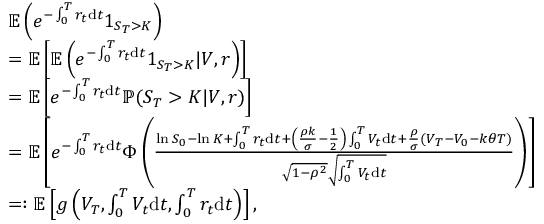
\begin{array} { r l } & { \mathbb { E } \left( e ^ { - \int _ { 0 } ^ { T } r _ { t } \mathrm { d } t } 1 _ { S _ { T } > K } \right) } \\ & { = \mathbb { E } \left[ \mathbb { E } \left( e ^ { - \int _ { 0 } ^ { T } r _ { t } \mathrm { d } t } 1 _ { S _ { T } > K } | V , r \right) \right] } \\ & { = \mathbb { E } \left[ e ^ { - \int _ { 0 } ^ { T } r _ { t } \mathrm { d } t } \mathbb { P } ( S _ { T } > K | V , r ) \right] } \\ & { = \mathbb { E } \left[ e ^ { - \int _ { 0 } ^ { T } r _ { t } \mathrm { d } t } \Phi \left( \frac { \ln S _ { 0 } - \ln K + \int _ { 0 } ^ { T } r _ { t } \mathrm { d } t + \left( \frac { \rho k } { \sigma } - \frac { 1 } { 2 } \right) \int _ { 0 } ^ { T } V _ { t } \mathrm { d } t + \frac { \rho } { \sigma } \left( V _ { T } - V _ { 0 } - k \theta T \right) } { \sqrt { 1 - \rho ^ { 2 } } \sqrt { \int _ { 0 } ^ { T } V _ { t } \mathrm { d } t } } \right) \right] } \\ & { = : \mathbb { E } \left[ g \left( V _ { T } , \int _ { 0 } ^ { T } V _ { t } \mathrm { d } t , \int _ { 0 } ^ { T } r _ { t } \mathrm { d } t \right) \right] , } \end{array}